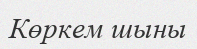
Көркем шыны